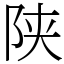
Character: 陕